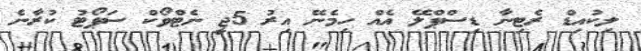
ލިކުއިޑް ރެޓިނާ ޑިސްޕްލޭ އެއް ހިމެނޭ އިރު 5ޖީ ނެޓްވޯކް ސަޕޯޓު ކުރާނެ